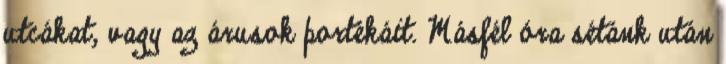
utcákat, vagy az árusok portékáit. Másfél óra sétánk után